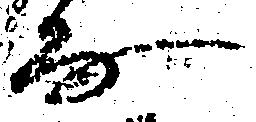
房